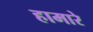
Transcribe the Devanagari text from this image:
हामारे